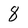
Character: 8